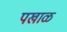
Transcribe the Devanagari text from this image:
पखाळ